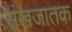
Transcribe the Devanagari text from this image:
संखजातक